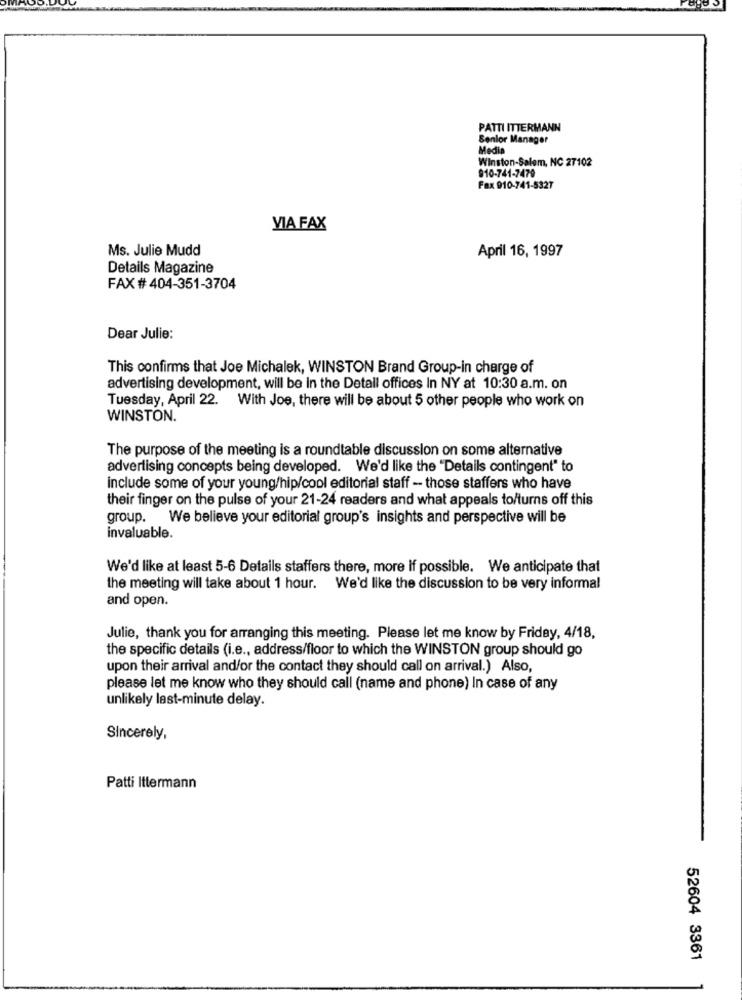
PATTI ITTERMANN
Senior Manager
Media
Winston-Salem, NC 27102
910-741-7479
Fax 910-741-5327
VIA FAX
Ms. Julie Mudd
April 16, 1997
Details Magazine
FAX # 404-351-3704
Dear Julie:
This confirms that Joe Michalek, WINSTON Brand Group-In charge of
advertising development, will be in the Detall offices In NY at 10:30 a.m. on
Tuesday, April 22. With Joe, there will be about 5 other people who work on
WINSTON.
The purpose of the meeting is a roundtable discussion on some alternative
advertising concepts being developed. We'd like the "Details contingent" to
include some of your young/hip/cool editorial staff - those staffers who have
their finger on the pulse of your 21-24 readers and what appeals to/turns off this
group. We believe your editorial group's insights and perspective will be
invaluable.
We'd like at least 5-6 Details staffers there, more If possible. We anticipate that
the meeting will take about 1 hour. We'd like the discussion to be very informal
and open.
Julie, thank you for arranging this meeting. Please let me know by Friday, 4/18,
the specific details (i.e ., address/floor to which the WINSTON group should go
upon their arrival and/or the contact they should call on arrival.) Also,
please let me know who they should call (name and phone) In case of any
unlikely last-minute delay.
Sincerely,
Patti Ittermann
52604 3361